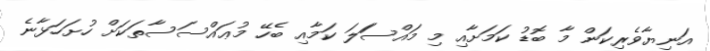
އަނިޔާވެރިކަން މާ ބޮޑު ކަމަށާއި މި މައްސަަލަ ކަމާއި ބެހޭ މުޢައްސަސާތަކަށް ހުށަހަޅާނެ